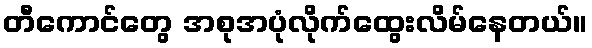
တီကောင်တွေ အစုအပုံလိုက်ထွေးလိမ်နေတယ်။